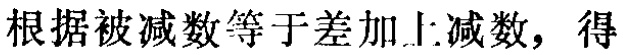
根据被减数等于差加上减数，得